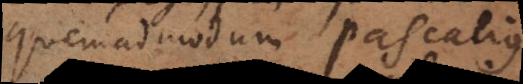
quemadmodum pascalius